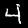
Label: 4